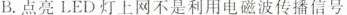
B.点亮！LED灯上网不是利用电磁波传播信号